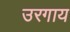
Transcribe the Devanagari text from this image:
उरगाय